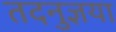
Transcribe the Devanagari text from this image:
तदनुज्ञया